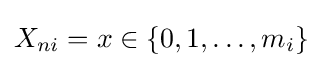
X_{ni}=x\in \{0,1,\dots ,m_{i}\}